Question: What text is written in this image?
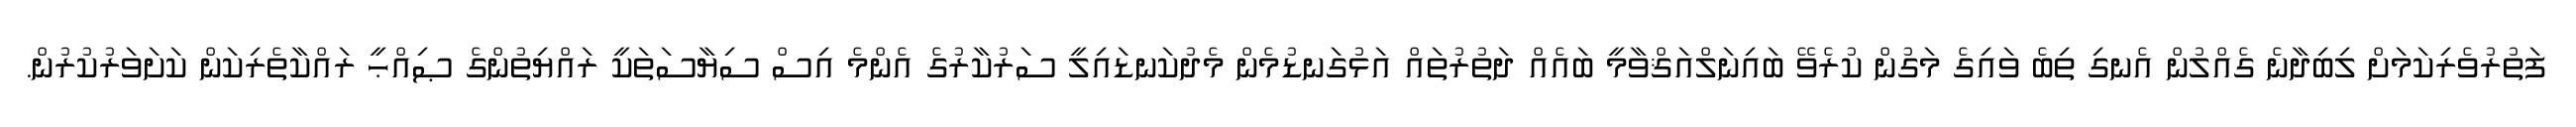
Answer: ފަތުރުވެރިކަމަށް ލިބިދާނެ ގެއްލުން އެނގި ތިބެ ވައިގެ މަގުން ކުރެވޭ ބައިނަލްއަޤްވާމީ ބައެއް ދަތުރުތައް އަޅުގަނޑުމެން މެދުކަނޑައިލީ ސަރުކާރުގެ އެންމެ އިސް ސިޔާސަތަކީ ރައްޔިތުންގެ ޞިއްޙީ ރައްކާތެރިކަން ކަށަވަރުކުރުން.